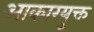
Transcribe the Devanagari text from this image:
आकारयुक्त